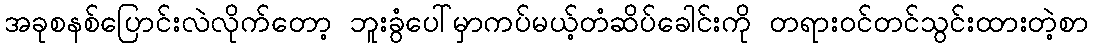
အခုစနစ်ပြောင်းလဲလိုက်တော့ ဘူးခွံပေါ်မှာကပ်မယ့်တံဆိပ်ခေါင်းကို တရားဝင်တင်သွင်းထားတဲ့စာ